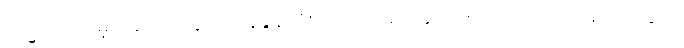
သမ္မတထရမ့်ကတော့ သွင်းကုန်ခွန်တိုးတာက ပြည်တွင်း အလုပ်အကိုင်နေရာတွေကို